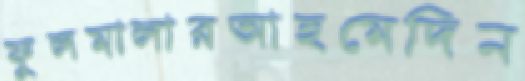
ফুলমালারআহমেদিন